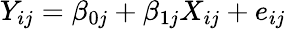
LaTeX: Y_{ij}=\beta_{0j}+\beta_{1j}X_{ij}+e_{ij}